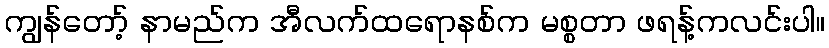
ကျွန်တော့် နာမည်က အီလက်ထရောနစ်က မစ္စတာ ဖရန့်ကလင်းပါ။